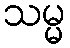
သမ္မ